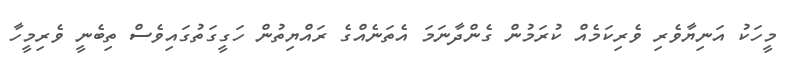
މީހަކު އަނިޔާވެރި ވެރިކަމެއް ކުރަމުން ގެންދާނަމަ އެތަނެއްގެ ރައްޔިތުން ހަގީގަތުގައިވެސް ތިބެނީ ވެރިމީހާ